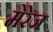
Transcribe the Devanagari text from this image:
मेरेज